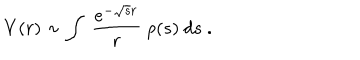
LaTeX: V ( r ) \sim \int ~ { \frac { e ^ { - \sqrt { s } r } } { r } } ~ \rho ( s ) ~ d s ~ .